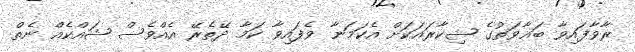
ރާވާފައިވާ ބަޣާވަތުގެ ޝިކާރައަކަށް އެކަމަނާ ވެފައިވާ ކަމާ ދޭތެރޭ އެއްވެސް ޝައްކެއް ނެތް